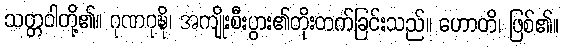
သတ္တဝါတို့၏။ ဂုဏဝုဍ္ဎိ၊ အကျိုးစီးပွား၏တိုးတက်ခြင်းသည်။ ဟောတိ၊ ဖြစ်၏။